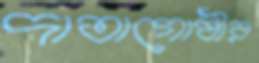
দাতাগোষ্ঠীর